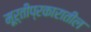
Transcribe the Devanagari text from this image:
मूर्तीप्रकारातील